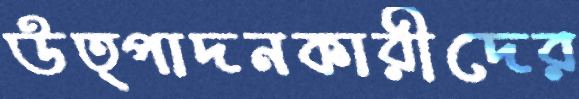
উত্পাদনকারীদের